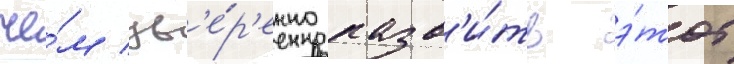
че́м ув'е́р'енно разв'и́ть э́тот